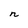
Character: n